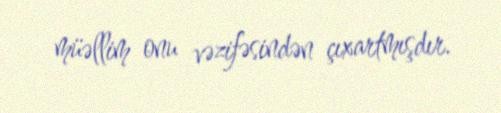
müəllim onu vəzifəsindən çıxartmışdır.